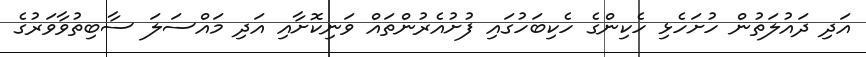
އަދި ދައުލަތުން ހުށަހެޅި ހެކިންގެ ހެކިބަހުގައި ފުށުއެރުންތައް ވަނިކޮށާއި އަދި މައްސަލަ ސާބިތުވާވަރުގެ